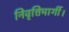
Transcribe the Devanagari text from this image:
निवृत्तिमार्गी।